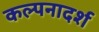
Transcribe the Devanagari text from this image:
कल्पनादर्श